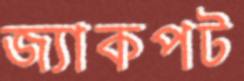
জ্যাকপট